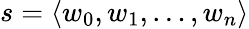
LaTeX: s=\langle w_{0},w_{1},\dots,w_{n}\rangle